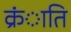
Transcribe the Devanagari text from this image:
क्रंाति